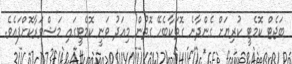
ބަޖެޓް ކޮމެޓީ ކުރިޔަށް ގެންދާނެ ގޮތަކާބެހޭ ގޮތުން މިއަދު ވަނީ ކޮމެޓީގައި މަޝްވަރާކޮށްފައެވެ.